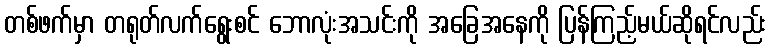
တစ်ဖက်မှာ တရုတ်လက်ရွေးစင် ဘောလုံးအသင်းကို အခြေအနေကို ပြန်ကြည့်မယ်ဆိုရင်လည်း